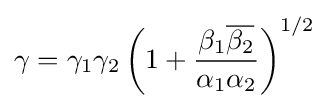
\gamma =\gamma _{1}\gamma _{2}\left(1+{\beta _{1}{\overline {\beta _{2}}} \over \alpha _{1}\alpha _{2}}\right)^{1/2}